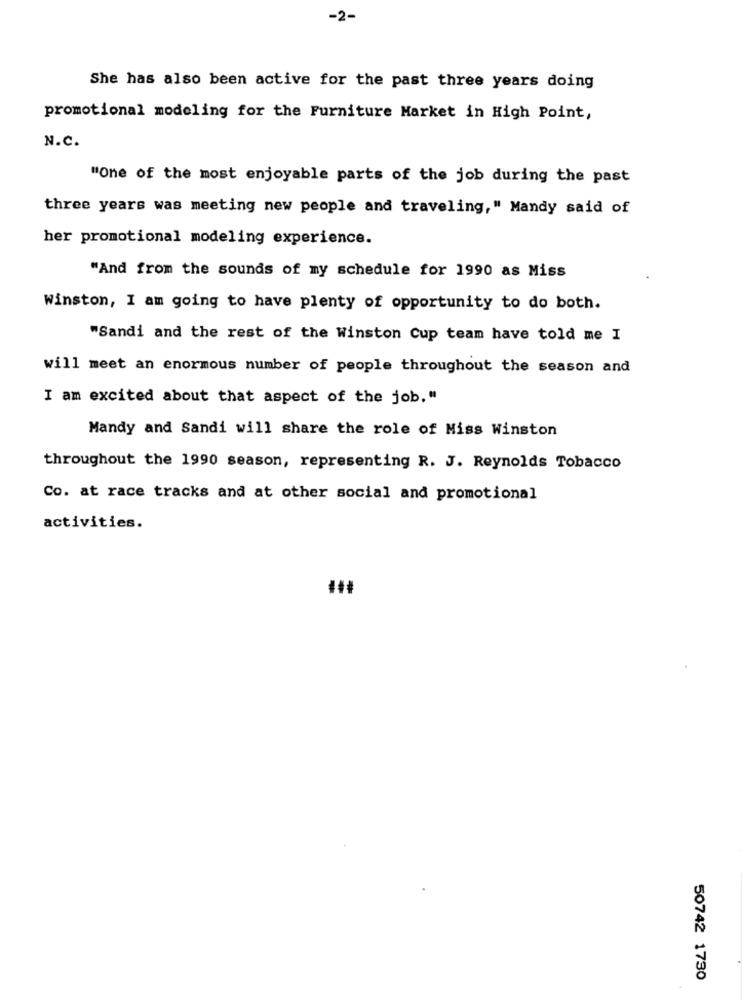
-2-
She has also been active for the past three years doing
promotional modeling for the Furniture Market in High Point,
N.C.
"One of the most enjoyable parts of the job during the past
three years was meeting new people and traveling," Mandy said of
her promotional modeling experience.
"And from the sounds of my schedule for 1990 as Miss
Winston, I am going to have plenty of opportunity to do both.
"Sandi and the rest of the Winston Cup team have told me I
will meet an enormous number of people throughout the season and
I am excited about that aspect of the job."
Mandy and Sandi will share the role of Miss Winston
throughout the 1990 season, representing R. J. Reynolds Tobacco
Co. at race tracks and at other social and promotional
activities.
50742 1730